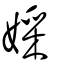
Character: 婇